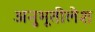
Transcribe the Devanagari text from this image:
अनुभूतीलेश